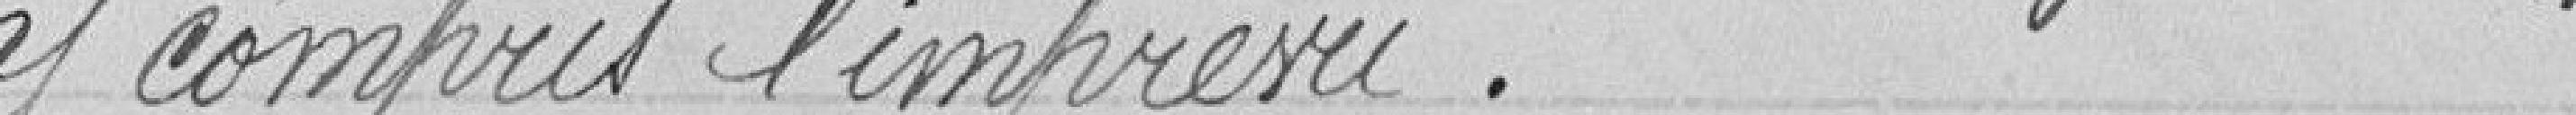
y compris l'imprévu.